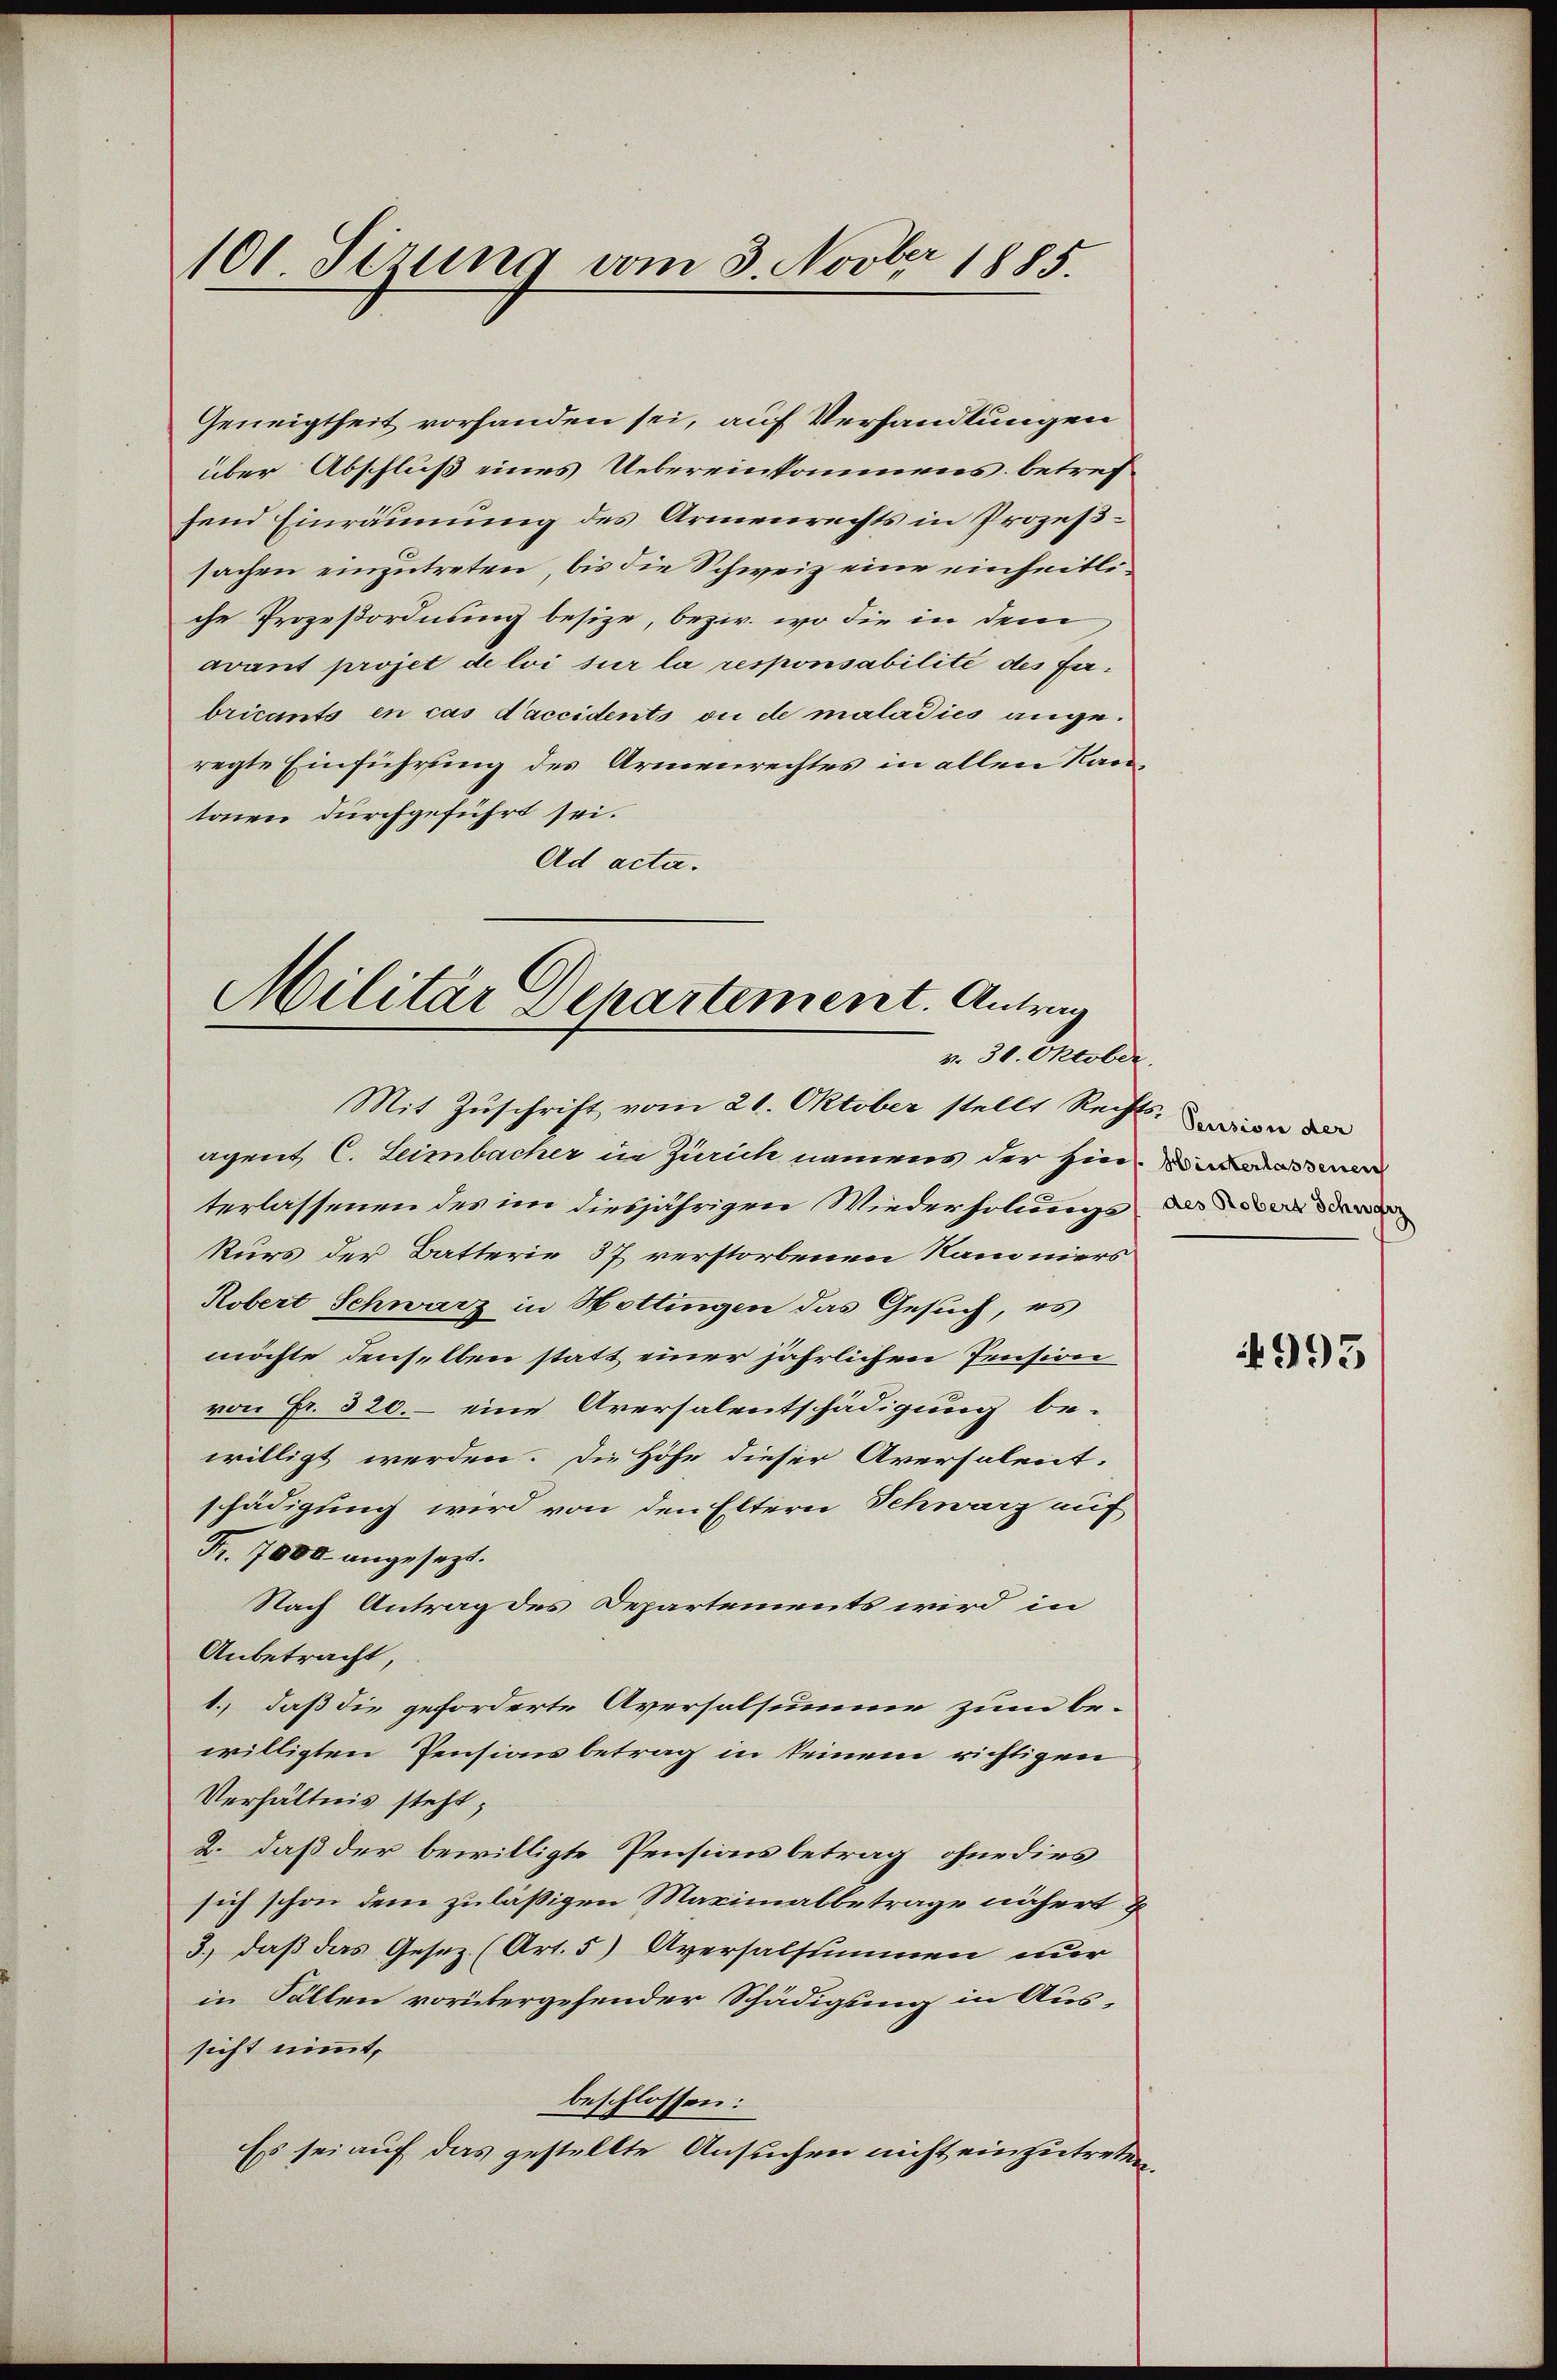
101. Sizung vom 3. Novber 1885.

Geneigtheit vorhanden sei, auf Verhandlungen
über Abschluß eines Uebereinkommens betrefsend Einräumung des Armenrechts in Prozeßsachen einzutreten, bis die Schweiz eine einheitliche Prozeßordnung besitze, bezw. wo die in dem
avant projet de loi sur la responsabilité des Fabricants en cas d’accidents ou de maladies ange-
regte Einführung des Armenrechtes in allen Kantonen durchgeführt sei.
Ad acta.

Militär Departement. Antrag
v. 30. Oktober.
Mit Zuschrift vom 21. Oktober stellt Rechts-

agent C. Leimbacher in Zürich namens der hin. Diesen
terlassenen des im diesjährigen Wiederholungs de
kurs der Batterie 37 verstorbenen Namniers
Robert Schwarz in Hottingen das Gesuch, es
möchte denselben statt einer jährlichen Pension
von Fr. 320, – eine Aversalentschädigung be-
willigt werden. Die Höhe dieser Aversalent.
schädigung wird von den Eltern Schwarz auf
Fr. 7000 angesezt.
Nach Antrag des Departements wird in
Anbetracht,
1.) daß die geforderte Aversalsumme zum be-
willigten Pensionsbetrag in keinem richtigen
Verhältnis steht;
2. daß der bewilligte Pensionsbetrag, ohne dies
sich schon dem zuläßigen Maximalbetrage nähert &
3.) daß das Gesez (Art. 5) Aversalsummen nur
in Fällen vorübergehender Schädigung in Aussicht nimmt,
beschlossen:
Es sei auf das gestellte Ansuchen nicht einzutreten.

993